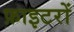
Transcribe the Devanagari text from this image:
फ़ाइटरों